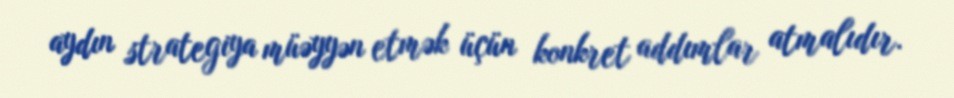
aydın strategiya müəyyən etmək üçün konkret addımlar atmalıdır.